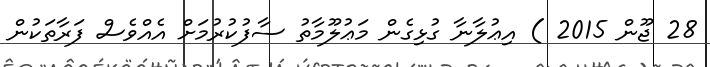
28 ޖޫން 2015 ) އިޢުލާނާ ގުޅިގެން މަޢުލޫމާތު ސާފުކުރުމަށް އެއްވެސް ފަރާތަކުން